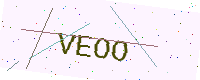
Text: VEOO